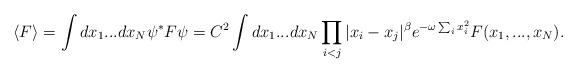
LaTeX: \begin{align*}\langle F \rangle = \int dx_1...dx_N \psi^* F \psi= C^2 \int dx_1...dx_N \prod_{i<j} |x_i -x_j|^{\beta}e^{-\omega\sum_i x_i^2}F(x_1,...,x_N). \end{align*}